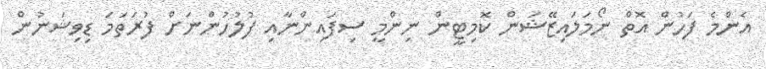
އެންމެ ފަހުން އޮތް ނޯމަލައިޒޭޝަން ކޮމިޓީން ނިންމީ ސިފައިންނާއި ފުލުހުންނަށް ފުރަތަމަ ޑިވިޝަނުން